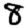
Digit: 8